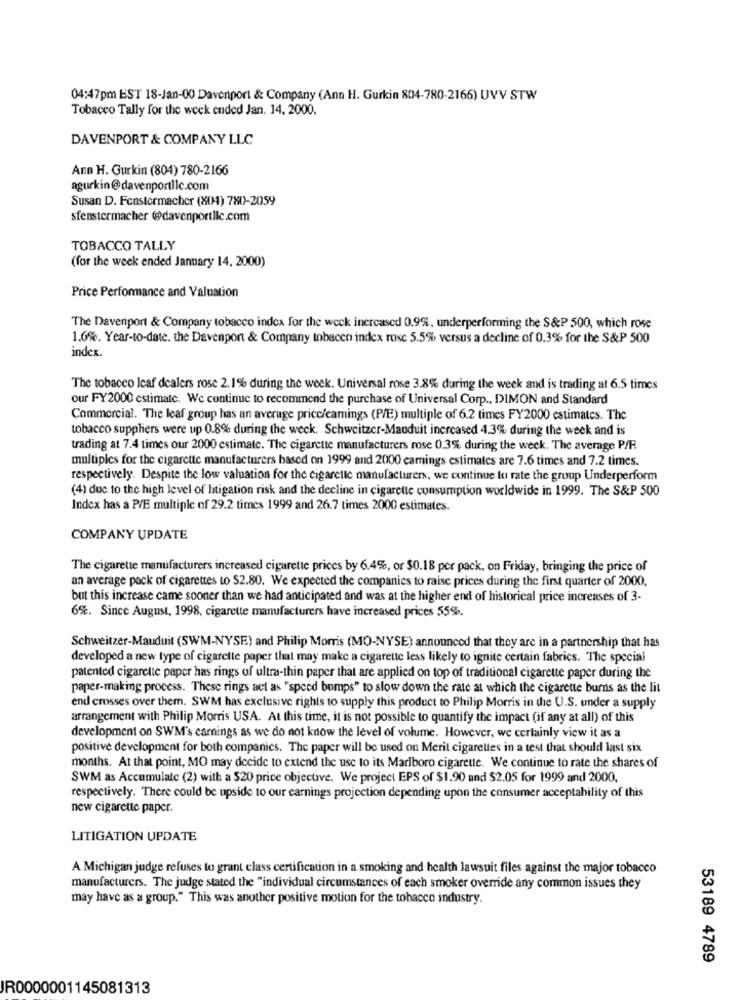
04:47pm EST 18-Jan-00 Davenport & Company (Ann H. Gurkin 804-780-2166) UVV STW
Tobacco Tally for the week ended Jan. 14, 2000.
DAVENPORT & COMPANY LLC
Ann H. Gurkin (804) 780-2166
agurkin@davenportllc.com
Susan D. Fenstermacher (804) 780-2059
sfenstermacher @@davenportlic.com
TOBACCO TALLY
(for the week ended January 14, 2000)
Price Performance and Valuation
The Davenport & Company tobacco index for the weck increased 0.9%, underperforming the S&P 500, which rose
1.6%. Year-to-date. the Davenport & Company tobacco index rose 5.5% versus a decline of 0.3% for the S&P 500
index.
The tobacco Icaf dealers rose 2.1% during the week. Universal rose 3.8% during the week and is trading at 6.5 times
our FY2000 estimate. We continue to recommend the purchase of Universal Corp ., DIMON and Standard
Commercial. The leaf group has an average price/earnings (P/E) multiple of 6.2 times FY2000 estimates. The
tobacco suppliers were up 0.8% during the week. Schweitzer-Mauduit increased 4.3% during the week and is
trading at 7.4 times our 2000 estimate. The cigarette manufacturers rose 0.3% during the week. The average P/F.
multiples for the cigarette manufacturers based on 1999 and 2000 earnings estimates are 7.6 times and 7.2 times.
respectively. Despite the low valuation for the cigarette manufacturers, we continue to rate the group Underperform
(4) due to the high level of litigation risk and the decline in cigarette consumption worldwide in 1999. The S&P 500
Index has a P/E multiple of 29.2 times 1999 and 26.7 times 2000 estimates.
COMPANY UPDATE
The cigarette manufacturers increased cigarette prices by 6.4%, or $0.18 per pack, on Friday, bringing the price of
an average pack of cigarettes to $2.80. We expected the companies to raise prices during the first quarter of 2000,
but this increase came sooner than we had anticipated and was at the higher end of historical price increases of 3-
6%. Since August, 1998, cigarette manufacturers have increased prices 55%.
Schweitzer-Mauduit (SWM-NYSE) and Philip Morris (MO-NYSE) announced that they are in a partnership that has
developed a new type of cigarette paper that may make a cigarette less likely to ignite certain fabrics. The special
patented cigarette paper has rings of ultra-thin paper that are applied on top of traditional cigarette paper during the
paper-making process. These rings act as "speed bumps" to slow down the rate at which the cigarette burns as the lit
end crosses over them. SWM has exclusive rights to supply this product to Philip Morris in the U.S. under a supply
arrangement with Philip Morris USA. At this time, it is not possible to quantify the impact (if any at all) of this
development on SWM's carnings as we do not know the level of volume. However, we certainly view it as a
positive development for both companies. The paper will be used on Merit cigarettes in a test that should last six
months. At that point, MO may decide to extend the use to its Marlboro cigarette. We continue to rate the shares of
SWM as Accumulate (2) with a $20 price objective. We project EPS of $1.90 and $2.05 for 1999 and 2000,
respectively. There could be upside to our earnings projection depending upon the consumer acceptability of this
new cigarette paper.
LITIGATION UPDATE
A Michigan judge refuses to grant class certification in a smoking and health lawsuit files against the major tobacco
manufacturers. The judge stated the "individual circumstances of each smoker override any common issues they
may have as a group." This was another positive motion for the tobacco industry.
53189 4789
JR0000001145081313